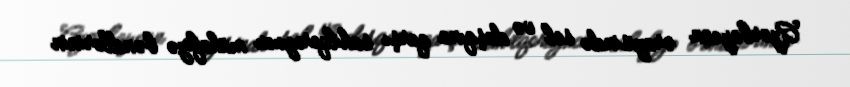
Azərbaycan ərazisində sel və daşqına qarşı sahilqoruyucu mühafizə bəndlərinin